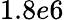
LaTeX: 1.8e6